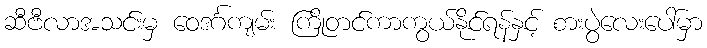
ဆီဗီလာအသင်းမှ ဝေဒင်္ဂကျမ်း ကြိုတင်ကာကွယ်နိုင်ရန်နှင့် စားပွဲလေးပေါ်မှာ